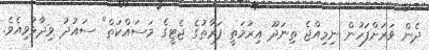
ދެން ވަރަށްފަހުން ނިމިއްޖެ ތިނަދޫ އިރުމަތީ ފަރާތުގެ ޖެޓީގެ މަސައްކަތް" ސައުދު ވިދާޅުވިއެވެ.